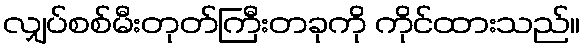
လျှပ်စစ်မီးတုတ်ကြီးတခုကို ကိုင်ထားသည်။